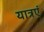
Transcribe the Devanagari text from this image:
यात्रएं